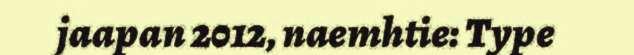
jaapan 2012, naemhtie: Type